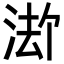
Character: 𪶏